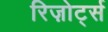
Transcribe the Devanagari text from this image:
रिज़ोर्ट्स